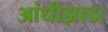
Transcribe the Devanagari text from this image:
आंधीझाडा